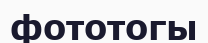
фототогы